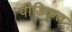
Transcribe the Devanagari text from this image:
पीडिकृत